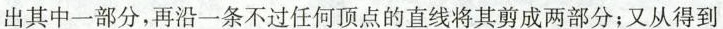
出其中一部分，再沿一条不过任何顶点的直线将其剪成两部分；又从得到